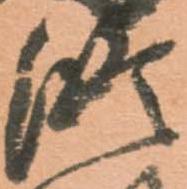
修